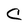
Character: C